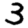
Digit: 3